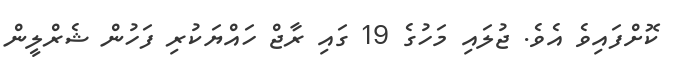
ކޮށްފައިވެ އެވެ. ޖުލައި މަހުގެ 19 ގައި ރާޖް ހައްޔަކުރި ފަހުން ޝެރްލީން